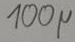
Text: 100µ